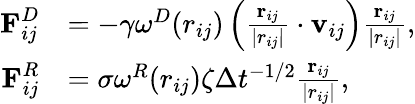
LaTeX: \begin{array}{rl}{\textbf{F}_{ij}^{D}}&{=-\gamma\omega^{D}(r_{ij})\left(\frac{\textbf{r}_{ij}}{|r_{ij}|}\cdot\textbf{v}_{ij}\right)\frac{\textbf{r}_{ij}}{|r_{ij}|},}\\ {\textbf{F}_{ij}^{R}}&{=\sigma\omega^{R}(r_{ij})\zeta\Delta t^{-1/2}\frac{\textbf{r}_{ij}}{|r_{ij}|},}\end{array}